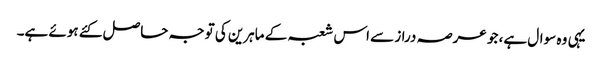
یہی وہ سوال ہے، جو عرصہ دراز سے اس شعبہ کے ماہرین کی توجہ حاصل کئے ہوئے ہے۔